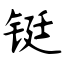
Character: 铤